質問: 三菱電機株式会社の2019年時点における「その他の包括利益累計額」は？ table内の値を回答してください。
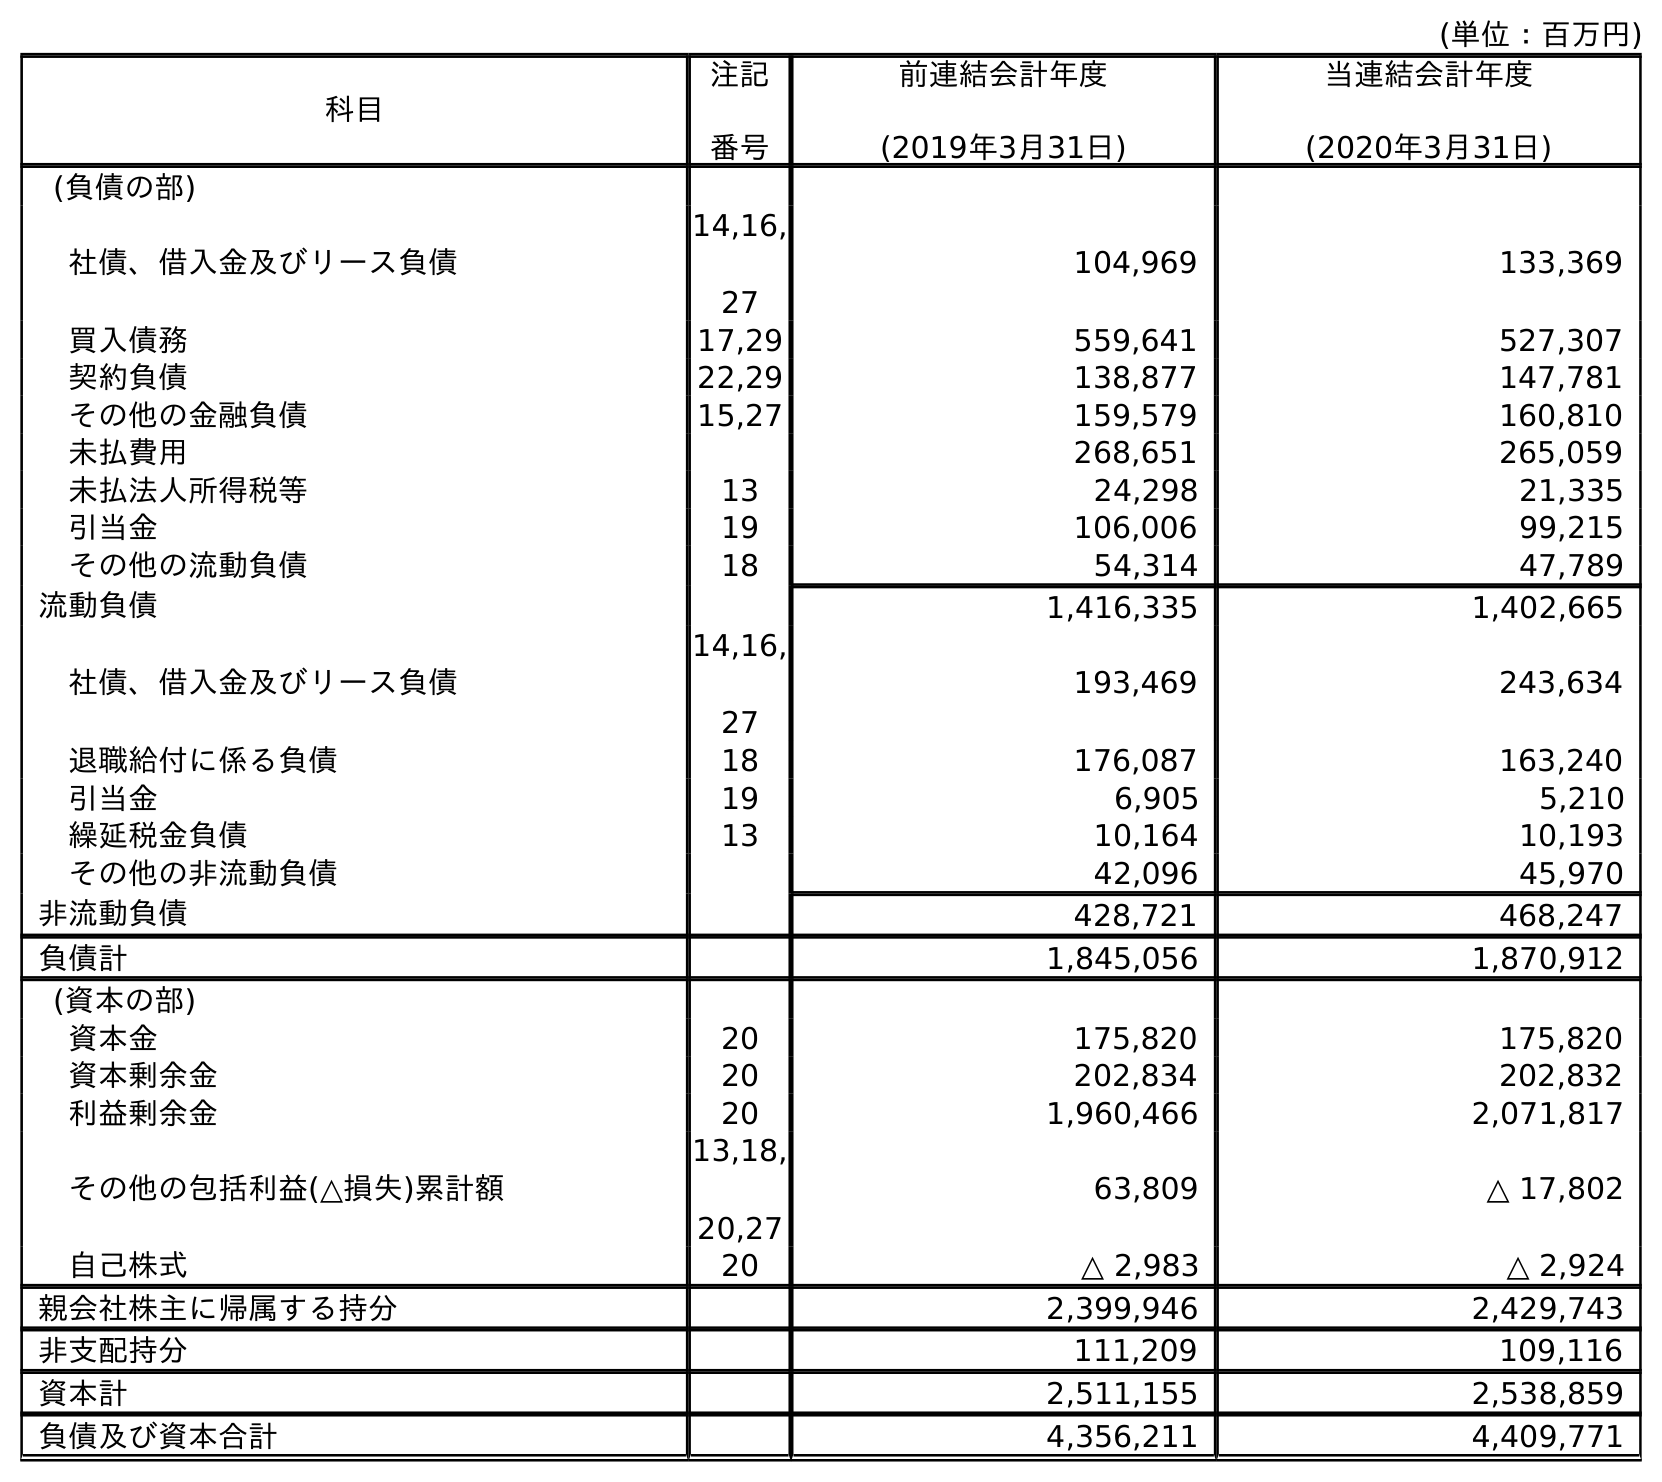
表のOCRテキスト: (単位：百万円) 科目 注記 番号 前連結会計年度 (2019年3月31日) 当連結会計年度 (2020年3月31日) (負債の部) 社債、借入金及びリース負債 14,16, 27 104,969 133,369 買入債務 17,29 559,641 527,307 契約負債 22,29 138,877 147,781 その他の金融負債 15,27 159,579 160,810 未払費用 268,651 265,059 未払法人所得税等 13 24,298 21,335 引当金 19 106,006 99,215 その他の流動負債 18 54,314 47,789 流動負債 1,416,335 1,402,665 社債、借入金及びリース負債 14,16, 27 193,469 243,634 退職給付に係る負債 18 176,087 163,240 引当金 19 6,905 5,210 繰延税金負債 13 10,164 10,193 その他の非流動負債 42,096 45,970 非流動負債 428,721 468,247 負債計 1,845,056 1,870,912 (資本の部) 資本金 20 175,820 175,820 資本剰余金 20 202,834 202,832 利益剰余金 20 1,960,466 2,071,817 その他の包括利益(△損失)累計額 13,18, 20,27 63,809 △ 17,802 自己株式 20 △ 2,983 △ 2,924 親会社株主に帰属する持分 2,399,946 2,429,743 非支配持分 111,209 109,116 資本計 2,511,155 2,538,859 負債及び資本合計 4,356,211 4,409,771
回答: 63,809